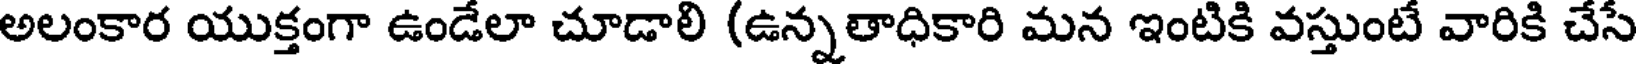
అలంకార యుక్తంగా ఉండేలా చూడాలి (ఉన్నతాధికారి మన ఇంటికి వస్తుంటే వారికి చేసే